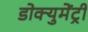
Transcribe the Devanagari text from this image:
डोक्युमेंट्री